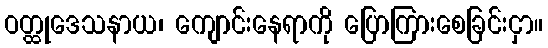
ဝတ္ထုဒေသနာယ၊ ကျောင်းနေရာကို ပြောကြားစေခြင်းငှာ။